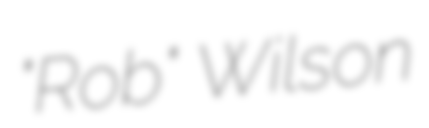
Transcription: "Rob" Wilson